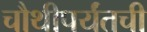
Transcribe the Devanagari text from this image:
चौथीपर्यंतची